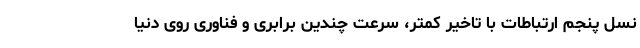
نسل پنجم ارتباطات با تاخیر کمتر، سرعت چندین برابری و فناوری روی دنیا